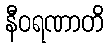
နီဝရဏာတိ